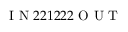
\mathrm { ~ I ~ N ~ } 2 2 1 2 2 2 \mathrm { ~ O ~ U ~ T ~ }